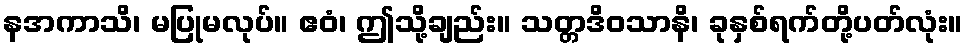
နအကာသိ၊ မပြုမလုပ်။ ဧဝံ၊ ဤသို့ချည်း။ သတ္တဒိဝသာနိ၊ ခုနှစ်ရက်တို့ပတ်လုံး။